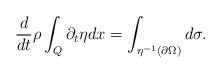
\begin{align*} \frac{d}{dt} \rho \int_Q \partial_t \eta dx &= \int_{\eta^{-1}(\partial\Omega)} d \sigma.\end{align*}